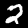
Digit: 2